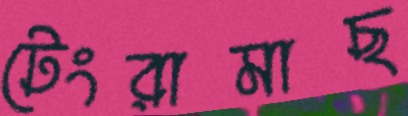
টেংরামাছ